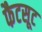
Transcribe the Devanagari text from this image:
फैटसूट